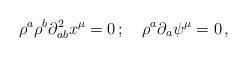
LaTeX: \begin{align*}\rho^a \rho^b \partial^2_ {ab} x^ {\mu} = 0 \,; \quad \rho^a \partial_a \psi^{\mu} = 0 \,,\end{align*}